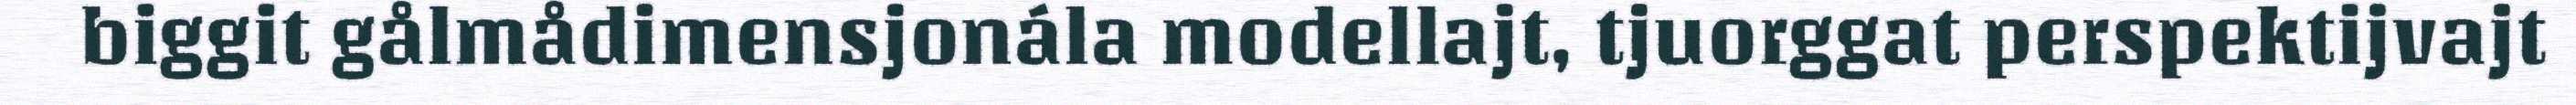
biggit gålmådimensjonála modellajt, tjuorggat perspektijvajt